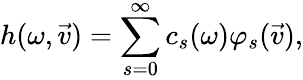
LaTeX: h(\omega,\vec{v})=\sum_{s=0}^{\infty}c_{s}(\omega)\varphi_{s}(\vec{v}),